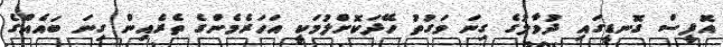
އޮފީސް ގޮނޑީގައި ދުވާލުގެ ގިނަ ވަގުތު ހޭދަކޮށްލުމަކީ އަހަރެމެންގެ ތެރެއިން ގިނަ ބައެއްގެ